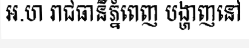
អ.ហ រាជធានីភ្នំពេញ បង្ហាញនៅ